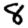
Digit: 8